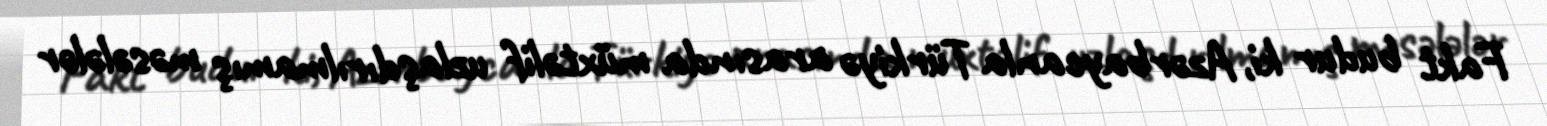
Fakt budur ki, Azərbaycanla Türkiyə arasında müxtəlif uzlaşdırılmamış məsələlər